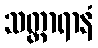
သတ္ထာရာနံ